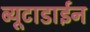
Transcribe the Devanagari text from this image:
ब्यूटाडाईन